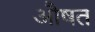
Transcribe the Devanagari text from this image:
औषत